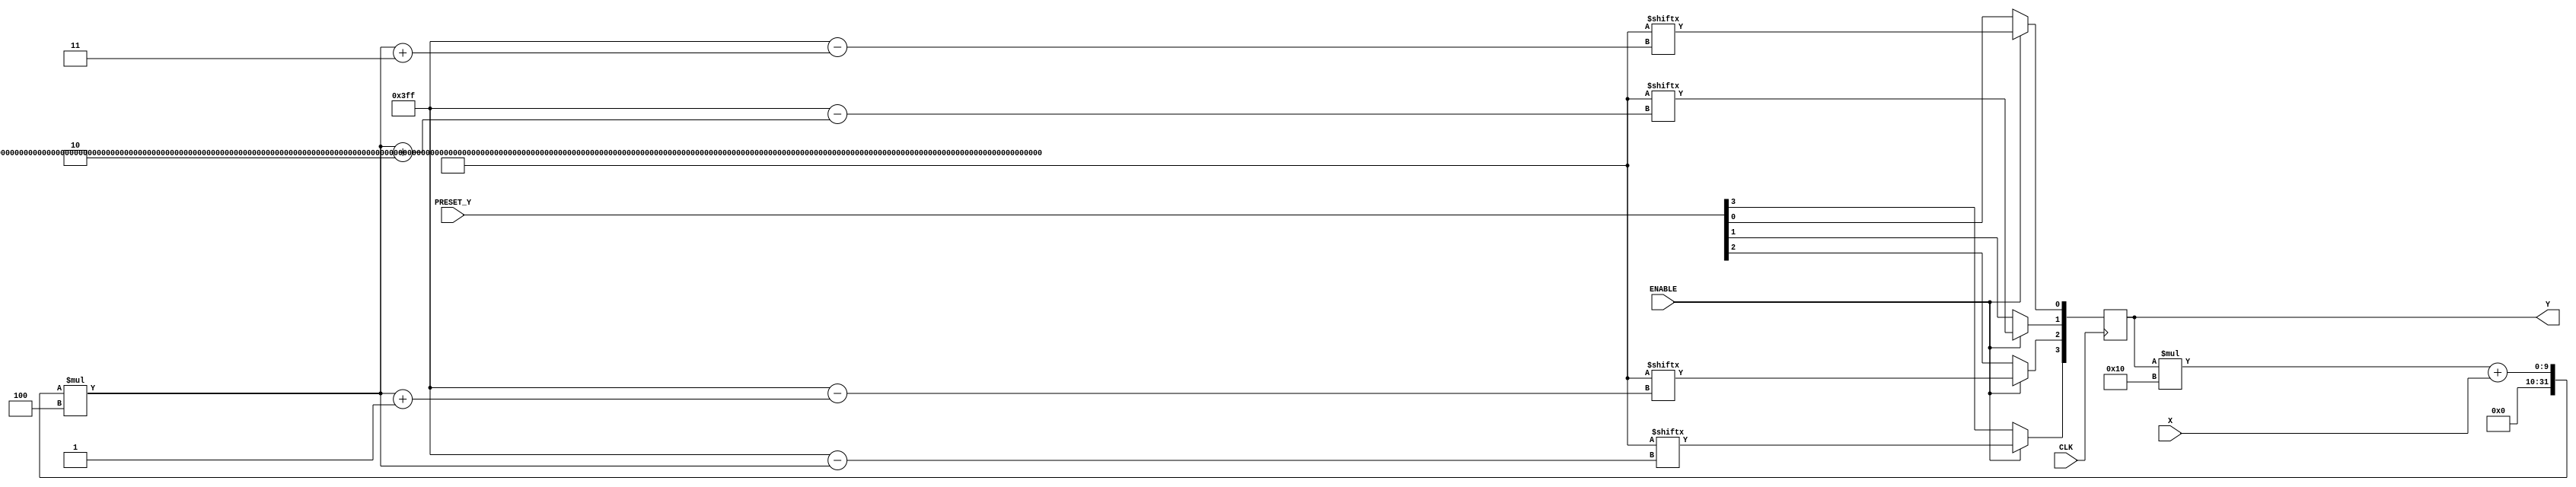
`timescale 1ns / 1ps
//////////////////////////////////////////////////////////////////////////////////
// Company: 
// Engineer: 
// 
// Design Name: 
// Module Name:    fsm 
// Project Name: 
// Target Devices: 
// Tool versions: 
// Description: 
//
// Dependencies: 
//
// Revision: 
// Revision 0.01 - File Created
// Additional Comments: 
//
//
	//{0100000000000000}// 0
	//{1113151111111111}// 1
	//{2222252222222222}// 2
	//{3333353733333333}// 3
	//{4424454444444444}// 4
	//{5555555555555555}// 5
	//{6666656666666666}// 6
	//{7777776777A77777}// 7
	//{8888486888888888}// 8
	//{9999996999999999}// 9
	//{AAAAAAAAA9AAADAA}// 10
	//{BBBBBBBB89BBBBBB}// 11
	//{CCCCCCCCC9CCCCCC}// 12
	//{DDDDDDDDDDDDCDDF}// 13
	//{EEEEEEEEEEEBCEEE}// 14
	//{FFFFFFFFFFFFCFEF}// 15
//////////////////////////////////////////////////////////////////////////////////
module fsm(
    input [3:0] X,
	input [3:0] PRESET_Y,
    output reg [3:0] Y,
    input CLK,
    input ENABLE
    );
	//reg [0:1023] memory = 1024'h01000000000000001113151111111111222225222222222233333537333333334424454444444444000000000000000066666566666666667777776777A7777788884868888888889999996999999999AAAAAAAAA9AAADAABBBBBBBB89BBBBBBCCCCCCCCC9CCCCCCDDDDDDDDDDDDCDDFEEEEEEEEEEEBCEEEFFFFFFFFFFFFCFEF;
	reg [0:1023] memory = 1024'h300000006A600A0D11B1000011138161999922222221E226333333F33343333347444C4C444444915582555555550554615466666B66666C077A757777772E2E88D78888881B83888699999999E999C9ADA2AAAAAA8AAAA5BBBBB4BBBE1BB8BDECCCCCCCC699CC3CDD0DD2DDD3DDDD5AEEEEEEEEEEEE3431AFFFCCCCFF6F3FFF;
	
	always @(posedge CLK) begin
		if (ENABLE) begin
			Y[3] <= memory[(Y*16 + X)*4];
			Y[2] <= memory[(Y*16 + X)*4 + 1];
			Y[1] <= memory[(Y*16 + X)*4 + 2];
			Y[0] <= memory[(Y*16 + X)*4 + 3];
		end
		else begin
			Y <= PRESET_Y;
		end
	end
endmodule